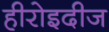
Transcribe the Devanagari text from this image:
हीरोइदीज